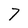
Character: 7